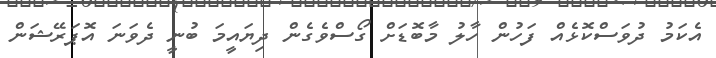
އެކަމު ދުވަސްކޮޅެއް ފަހުން ހާލު މާބޮޑަށް ގޯސްވެގެން ދިޔައީމަ ބުނީ ދެވަނަ އޮޕަރޭޝަން